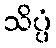
သိပ္ပံ